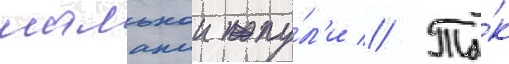
шальнои пу́л'и // Та́к